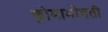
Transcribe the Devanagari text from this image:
क्लोमाभोवती